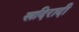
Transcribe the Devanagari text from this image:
खदिरादी